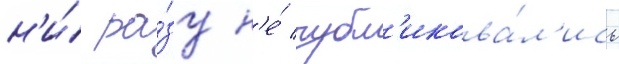
н'и́ ра́зу н'е́ публ'икова́л'ись